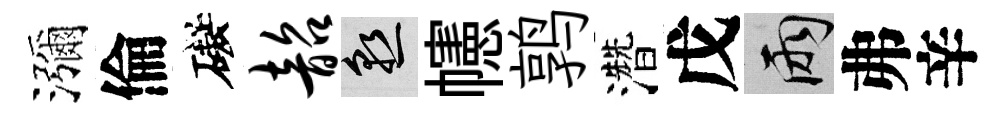
瀰倫礙韶熟幰鹑濳戊兩弗辛